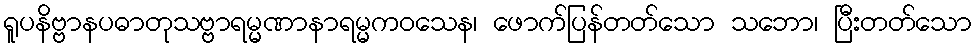
ရူပနိဗ္ဗာနပဓာတုသဗ္ဗာရမ္မဏာနာရမ္မကဝသေန၊ ဖောက်ပြန်တတ်သော သဘော၊ ပြီးတတ်သော